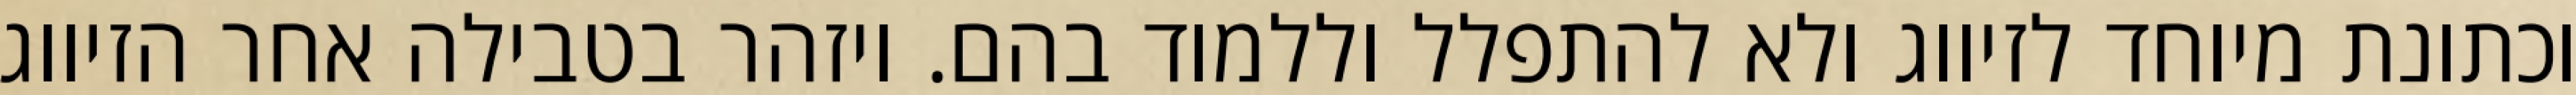
וכתונת מיוחד לזיווג ולא להתפלל וללמוד בהם. ויזהר בטבילה אחר הזיווג